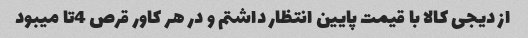
از دیجی کالا با قیمت پایین انتظار داشتم و در هر کاور قرص 4تا میبود